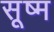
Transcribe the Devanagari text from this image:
सूष्म